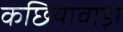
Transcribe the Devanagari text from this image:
कछियावाड़ा